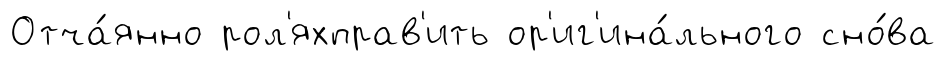
Отча́янно рол'яхправ'ить ор'иг'ина́льного сно́ва